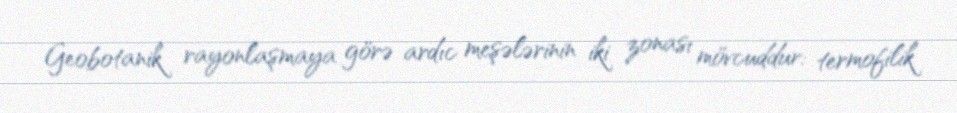
Geobotanik rayonlaşmaya görə ardıc meşələrinin iki zonası mövcuddur: termofilik